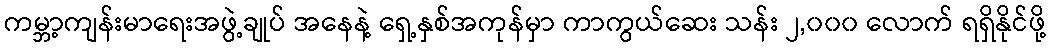
ကမ္ဘာ့ကျန်းမာရေးအဖွဲ့ချုပ် အနေနဲ့ ရှေ့နှစ်အကုန်မှာ ကာကွယ်ဆေး သန်း ၂,၀၀၀ လောက် ရရှိနိုင်ဖို့